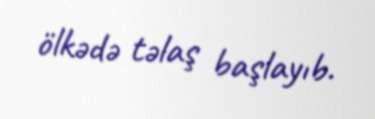
ölkədə təlaş başlayıb.